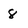
Character: 8